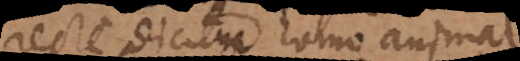
recte dicitur homo animal